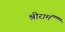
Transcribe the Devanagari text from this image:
श्रीरामं